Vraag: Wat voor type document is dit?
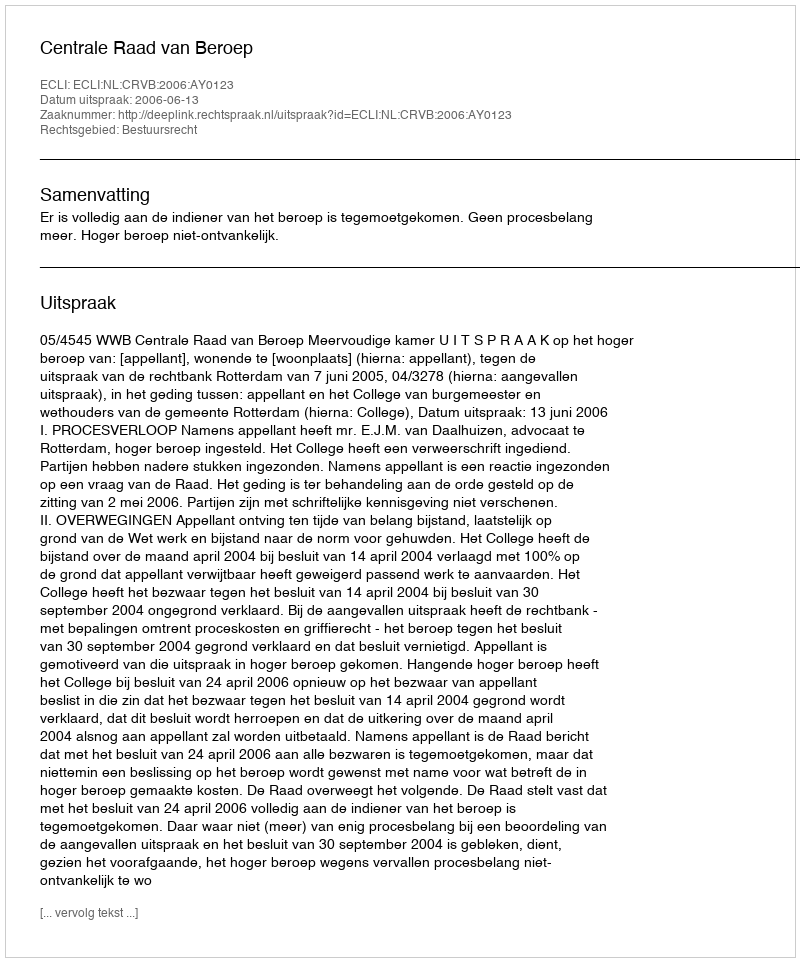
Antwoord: Uitspraak